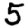
Digit: 5